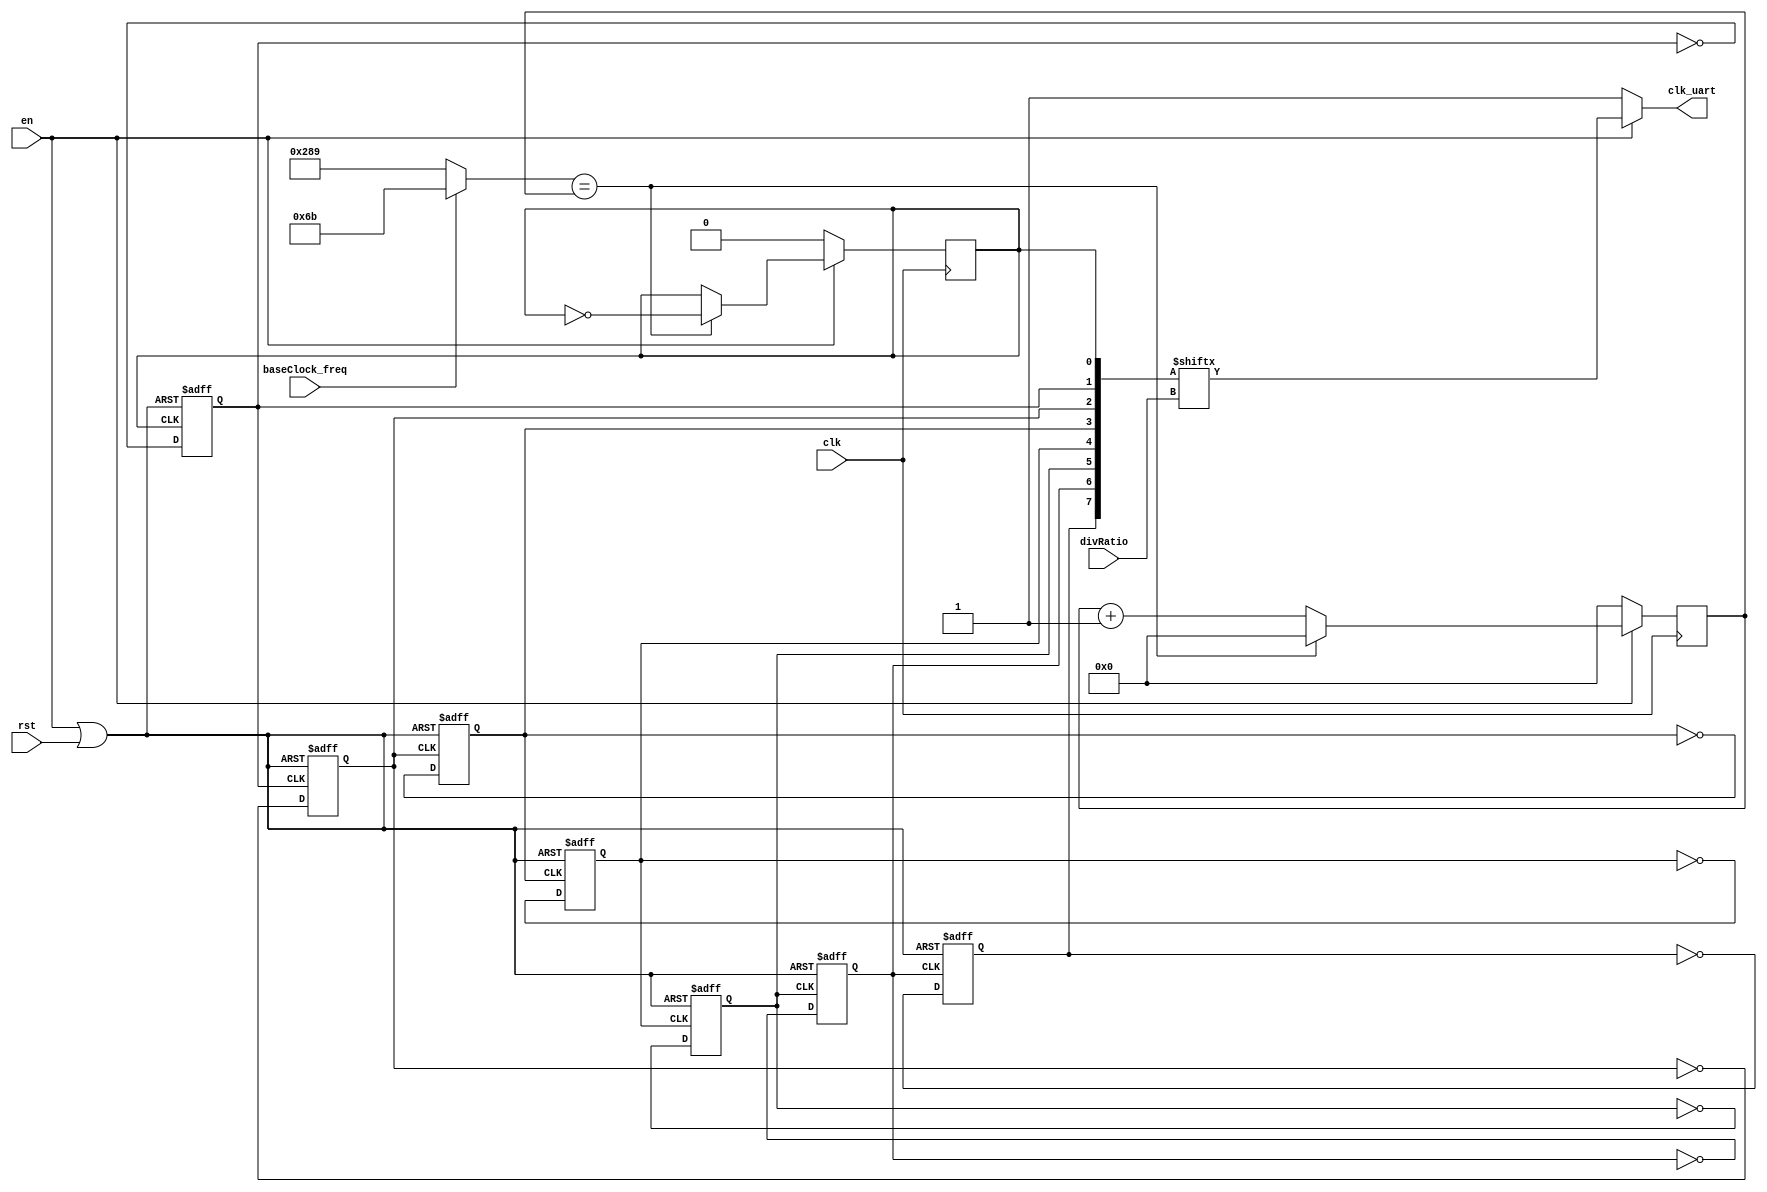
`timescale 1 ns / 1 ps
/* ------------------------------------------------ *
 * Title       : UART Clock Modules v1.3            *
 * Project     : Simple UART                        *
 * ------------------------------------------------ *
 * Last Edit   : 12/10/2021                         *
 * Licence     : CERN-OHL-W                         *
 * ------------------------------------------------ *
 * Description : Clock generation for UART modules  *
 * ------------------------------------------------ */

//Generate a clock freqency for various baudrates, just clock divider 
module uart_clk_gen#(parameter CLOCK_PERIOD = 10)(
  input clk,
  input rst,
  input en,
  output clk_uart,
  input baseClock_freq, //0: 76,8kHz (13us) 1: 460,8kHz (2,17us)
  input [2:0] divRatio); //Higher the value lower the freq

  localparam sec6_5u = (6500 / CLOCK_PERIOD) - 1;
  localparam sec1_08u = (1080 / CLOCK_PERIOD) - 1;
  localparam counterWIDTH = $clog2(sec6_5u);
  localparam CLKRST = 1'b0;
  localparam CLKDEF = 1'b1;

  wire en_rst = en | rst;

  reg baseClock;
  wire countDONE;

  reg [(counterWIDTH-1):0] counter;
  wire [(counterWIDTH-1):0] countTO;

  wire [7:0] clockArray;
  reg [6:0] divClock;

  assign countTO = (baseClock_freq) ? sec1_08u : sec6_5u;
  assign countDONE = (countTO == counter);

  assign clockArray = {divClock, baseClock};
  assign clk_uart = (en) ? clockArray[divRatio] : CLKDEF;

  //Counter
  always@(posedge clk) begin
    if(~en)
      counter <= 0;
    else
      counter <= (countDONE) ? 0 : (counter + 1);
  end
  
  //Generate base clock with counter
  always@(posedge clk) begin
    if(~en)
      baseClock <= CLKRST;
    else
      baseClock <= (countDONE) ? ~baseClock : baseClock;
  end
  
  //Clock dividers
  // 1/2
  always@(posedge baseClock or negedge en_rst) begin
    if(~en_rst) begin
      divClock[0] <= CLKRST;
    end else begin
      divClock[0] <= ~divClock[0];
    end
  end
  // 1/4
  always@(posedge divClock[0] or negedge en_rst) begin
    if(~en_rst) begin
      divClock[1] <= CLKRST;
    end else begin
      divClock[1] <= ~divClock[1];
    end
  end
  // 1/8
  always@(posedge divClock[1] or negedge en_rst) begin
    if(~en_rst) begin
      divClock[2] <= CLKRST;
    end else begin
      divClock[2] <= ~divClock[2];
    end
  end
  // 1/16
  always@(posedge divClock[2] or negedge en_rst) begin
    if(~en_rst) begin
      divClock[3] <= CLKRST;
    end else begin
      divClock[3] <= ~divClock[3];
    end
  end
  // 1/32
  always@(posedge divClock[3] or negedge en_rst) begin
    if(~en_rst) begin
      divClock[4] <= CLKRST;
    end else begin
      divClock[4] <= ~divClock[4];
    end
  end
  // 1/64
  always@(posedge divClock[4] or negedge en_rst) begin
    if(~en_rst) begin
      divClock[5] <= CLKRST;
    end else begin
      divClock[5] <= ~divClock[5];
    end
  end
  // 1/128
  always@(posedge divClock[5] or negedge en_rst) begin
    if(~en_rst) begin
      divClock[6] <= CLKRST;
    end else begin
      divClock[6] <= ~divClock[6];
    end
  end
endmodule